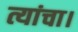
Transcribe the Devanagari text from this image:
त्यांचा।